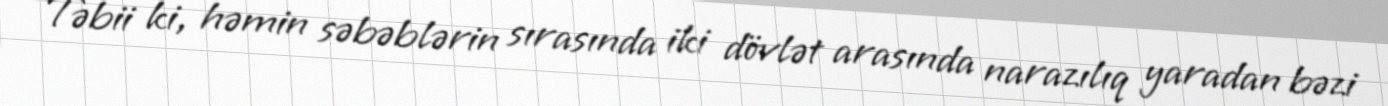
Təbii ki, həmin səbəblərin sırasında iki dövlət arasında narazılıq yaradan bəzi